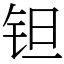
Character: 钽